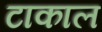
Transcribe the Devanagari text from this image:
टाकाल